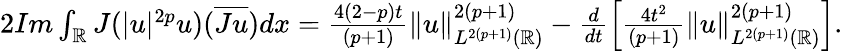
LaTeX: \begin{array}{r}{2Im\int_{\mathbb{R}}J(|u|^{2p}u)(\overline{{Ju}})dx=\frac{4(2-p)t}{(p+1)}\| u\| _{L^{2(p+1)}(\mathbb{R})}^{2(p+1)}-\frac{d}{dt}\left[\frac{4t^{2}}{(p+1)}\| u\| _{L^{2(p+1)}(\mathbb{R})}^{2(p+1)}\right].}\end{array}